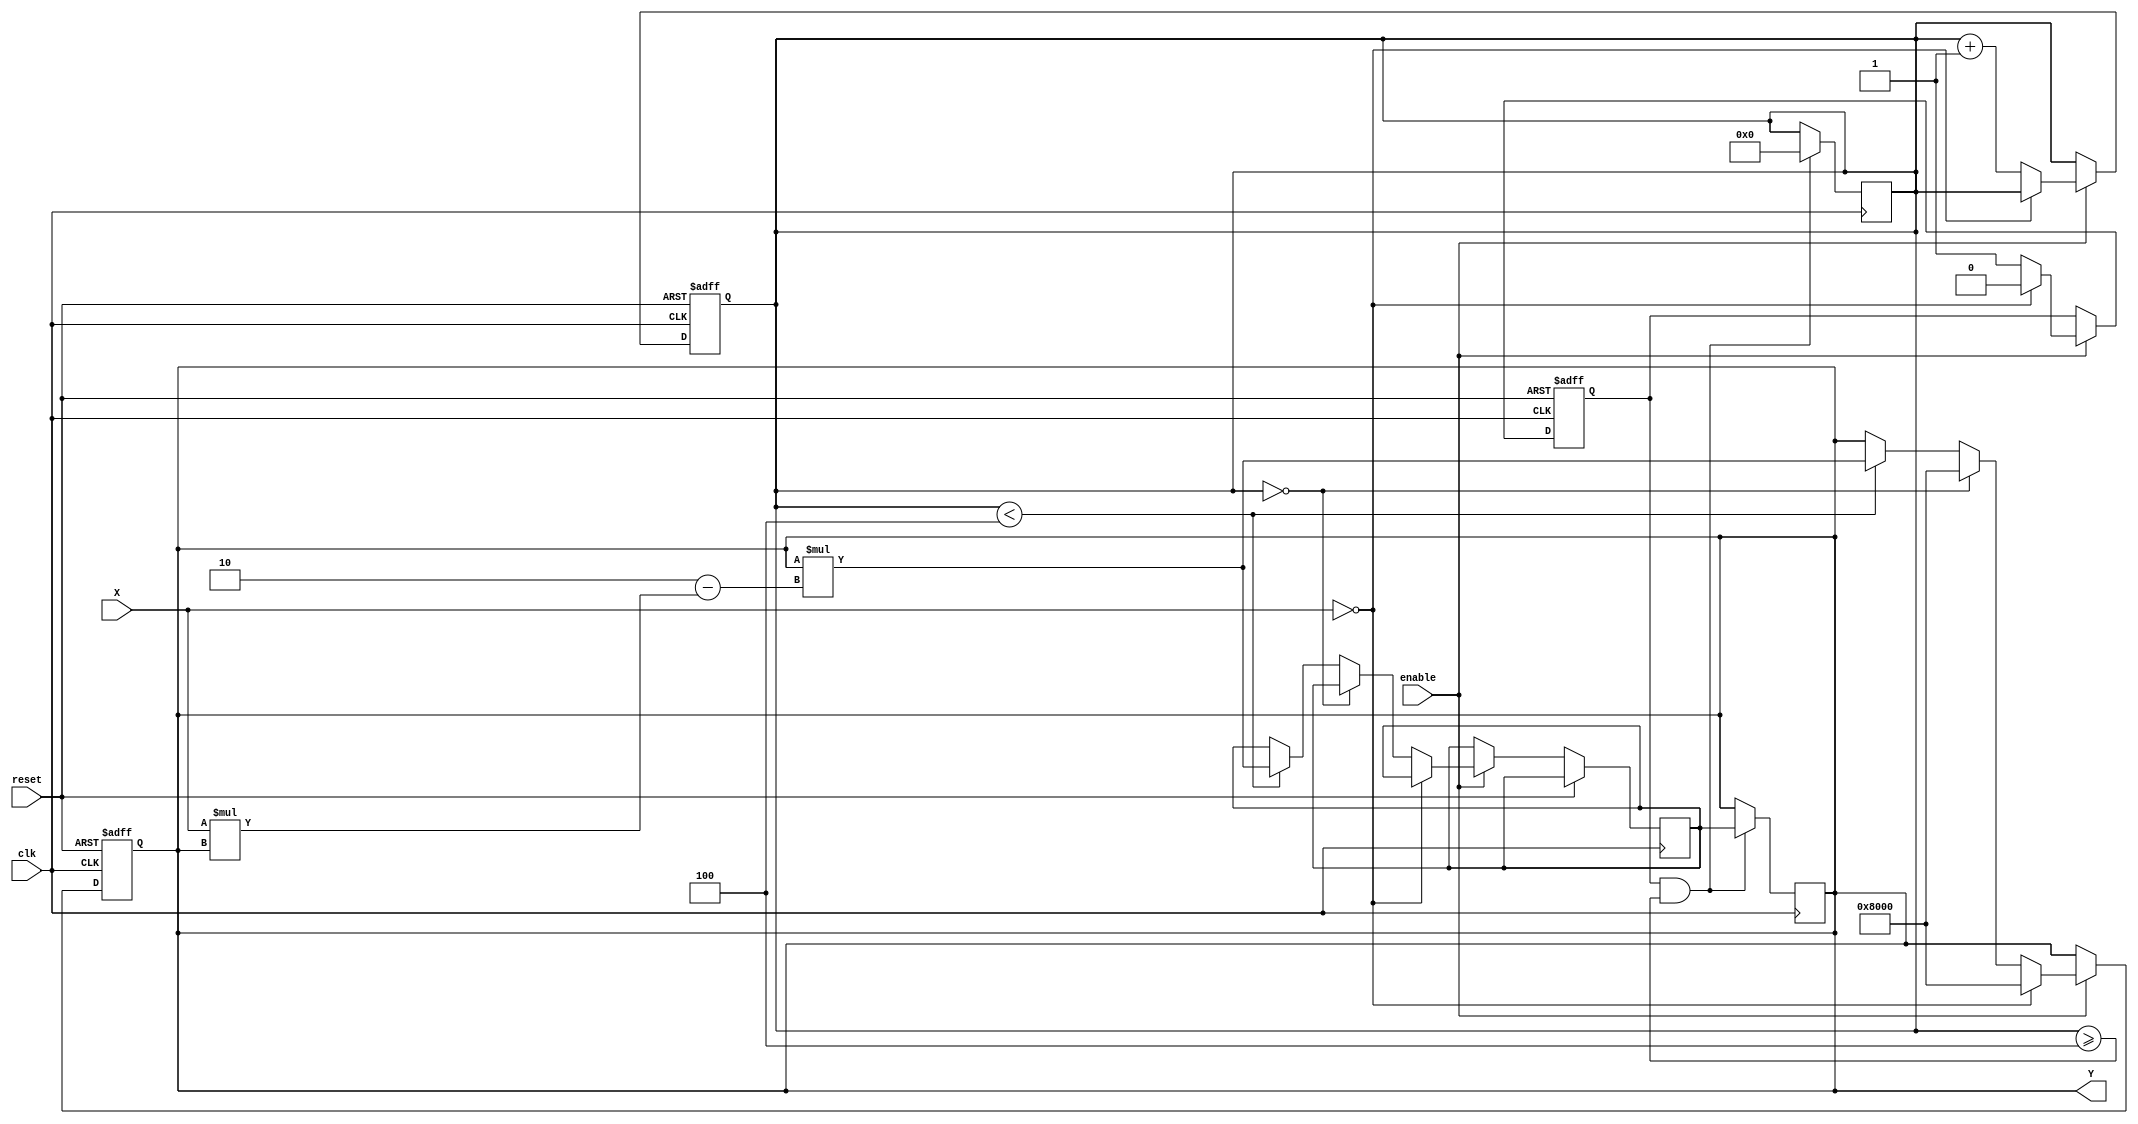
module binary_fractional_reciprocal #(
    parameter N = 16  // Width of input and output
)(
    input wire clk,          // Clock signal
    input wire reset,        // Reset signal
    input wire enable,       // Enable signal
    input wire [N-1:0] X,    // Input fractional value (0 to 1)
    output reg [N-1:0] Y     // Output reciprocal value (1 to )
);

    // Internal signals
    reg [N-1:0] Y_next;      // Next value of Y for the iteration
    reg [3:0] iteration;      // Iteration counter
    reg valid_input;          // Flag for valid input

    // Initial values
    initial begin
        Y = 0;
        iteration = 0;
        valid_input = 0;
    end

    // Check for valid input and compute reciprocal
    always @(posedge clk or posedge reset) begin
        if (reset) begin
            Y <= 0;
            iteration <= 0;
            valid_input <= 0;
        end else if (enable) begin
            // Input validation: Check if X is zero
            if (X == 0) begin
                Y <= {1'b1, {N-1{1'b0}}};  // Set output to max representable value (1.0 in fixed-point)
                valid_input <= 0;
            end else begin
                valid_input <= 1;
                // Initial guess for Y (can be set to a constant or calculated)
                if (iteration == 0) begin
                    Y <= {1'b1, {N-1{1'b0}}};  // Initial guess for Y (1.0)
                end else if (iteration < 4) begin  // Limit iterations for convergence
                    Y_next = Y * (2 - X * Y);  // Newton-Raphson iteration
                    Y <= Y_next;
                end
                iteration <= iteration + 1;
            end
        end else begin
            // If not enabled, retain the previous value
            iteration <= iteration; 
        end
    end

    // Output rounding (if needed, based on your precision requirements)
    always @(posedge clk) begin
        if (valid_input && iteration >= 4) begin
            // Final output assignment after iterations
            Y <= Y_next;  // Assign the final computed value
            iteration <= 0;  // Reset iteration for next input
        end
    end

endmodule